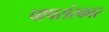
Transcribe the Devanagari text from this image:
पापसंस्कार